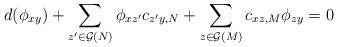
LaTeX: \begin{align*} d(\phi_{xy})+\sum_{z'\in\mathcal{G}(N)} \phi_{xz'}c_{z'y,N}+\sum_{z\in\mathcal{G}(M)} c_{xz,M}\phi_{zy}=0 \end{align*}